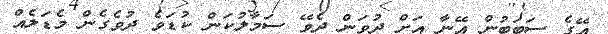
އޭގެ ސަބަބުން އޭނާ އަށް ދުވަން ދެވޭ ސަމާލުކަން ކުޑަވެ ދުވެގެން މެޑަލެއް